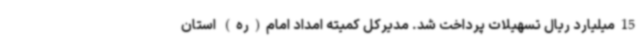
15میلیارد ریال تسهیلات پرداخت شد. مدیرکل کمیته امداد امام(ره) استان